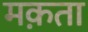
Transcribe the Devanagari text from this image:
मक़ता